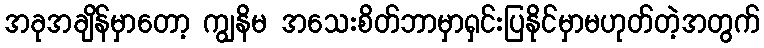
အခုအချိန်မှာတော့ ကျွနိမ အသေးစိတ်ဘာမှာရှင်းပြနိုင်မှာမဟုတ်တဲ့အတွက်